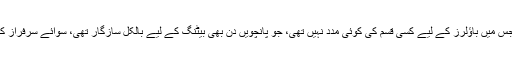
ایک ایسی وکٹ پر جس میں باؤلرز کے لیے کسی قسم کی کوئی مدد نہیں تھی، جو پانچویں دن بھی بیٹنگ کے لیے بالکل سازگار تھی، سوائے سرفراز کے کوئی نہ جم سکا۔